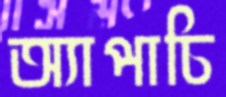
অ্যাপাচি